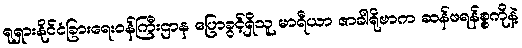
ရုရှားနိုင်ငံခြားရေးဝန်ကြီးဌာန ပြောခွင့်ရှိသူ မာရီယာ ဇာခါရိုဗာက ဆန်ဖရန်စ္စကိုနဲ့